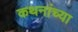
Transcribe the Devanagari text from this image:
कथनांच्या